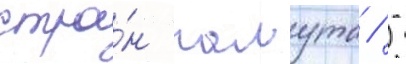
стра́н галута / -